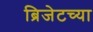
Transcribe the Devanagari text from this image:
ब्रिजेटच्या